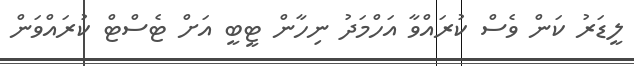
ލީޑަރު ކަން ވެސް ކުރައްވާ އަހްމަދު ނިހާން ޓީބީ އަށް ޓެސްޓް ކުރައްވަން